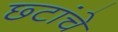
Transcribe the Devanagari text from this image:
छ्टांचे